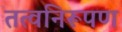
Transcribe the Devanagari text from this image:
तत्वनिरूपण